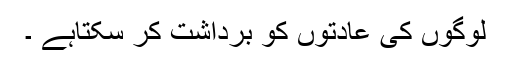
لوگوں کی عادتوں کو برداشت کر سکتاہے ۔